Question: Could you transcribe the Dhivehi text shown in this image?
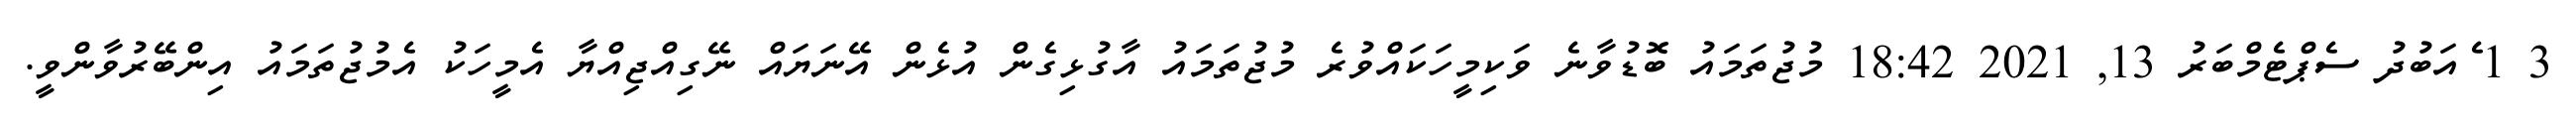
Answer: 3 1 ެއަބުދު ސެޕްޓެމްބަރު 13, 2021 18:42 މުޖުތަމައު ބޮޑުވާނެ ވަކިމީހަކައްވުރެ މުޖުތަމައު އާގުޅިގެން އުޅެން އޭނަޔައް ނޭގިއްޖިއްޔާ އެމީހަކު އެމުޖުތަމައު އިންބޭރުވާންވީ.